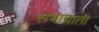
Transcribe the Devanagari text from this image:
सभापाती